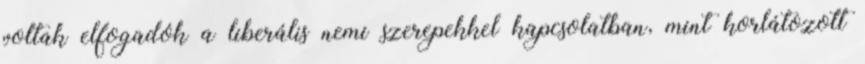
voltak elfogadók a liberális nemi szerepekkel kapcsolatban, mint korlátozott